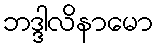
ဘဒ္ဒါလိနာမော